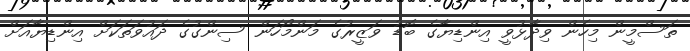
ތަސްމީން މިހެން ވިދާޅުވީ އިންޑިޔާގެ ބޮޑު ވަޒީރުގެ މަންމޯހަން ސިންގުގެ ދައުވަތަކަށް އިންޑިޔާއަށް